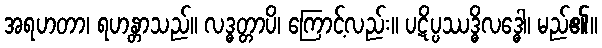
အရဟတာ၊ ရဟန္တာသည်။ လဒ္ဓတ္တာပိ၊ ကြောင့်လည်း။ ပဋိပ္ပဿဒ္ဓိလဒ္ဓေါ၊ မည်၏။